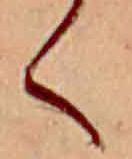
く